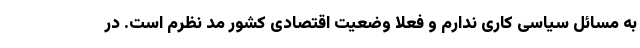
به مسائل سیاسی کاری ندارم و فعلا وضعیت اقتصادی کشور مد نظرم است. در